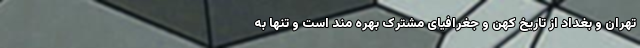
تهران و بغداد از تاریخ کهن و جغرافیای مشترک بهره مند است و تنها به